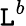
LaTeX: \mathtt{L}^{b}